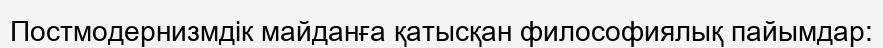
Постмодернизмдік майданға қатысқан философиялық пайымдар: